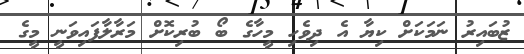
ޒުބައިރު ނަމަކަށް ކިޔާ އެ ދިވެހި މީހާގެ ބޯ ބުރިކޮށް މަރާލާފައިވަނީ މީގެ